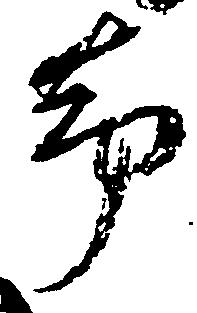
却